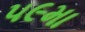
૫૯મા